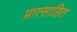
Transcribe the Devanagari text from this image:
प्रात्साहित